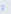
و